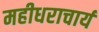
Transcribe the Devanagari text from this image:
महीधराचार्य